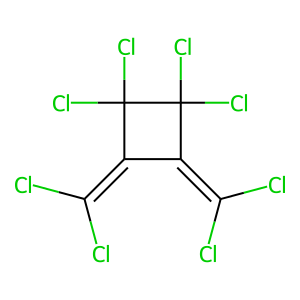
SMILES: ClC(Cl)=C1C(=C(Cl)Cl)C(Cl)(Cl)C1(Cl)Cl
Inhibits HIV replication: No